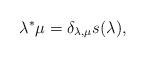
LaTeX: \begin{align*}\lambda^* \mu = \delta_{\lambda,\mu} s(\lambda),\end{align*}